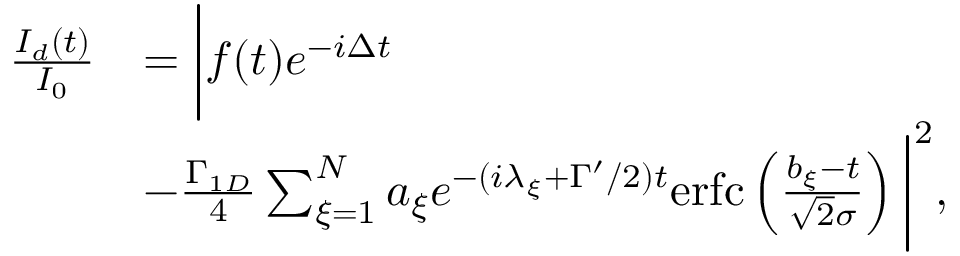
\begin{array} { r l } { \frac { I _ { d } ( t ) } { I _ { 0 } } } & { = \bigg | f ( t ) e ^ { - i \Delta t } } \\ & { - \frac { \Gamma _ { 1 D } } { 4 } \sum _ { \xi = 1 } ^ { N } a _ { \xi } e ^ { - ( i \lambda _ { \xi } + \Gamma ^ { \prime } / 2 ) t } \mathrm { e r f c } \left( \frac { b _ { \xi } - t } { \sqrt { 2 } \sigma } \right) \bigg | ^ { 2 } , } \end{array}